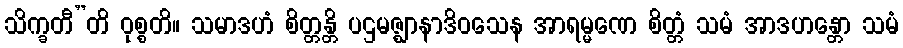
သိက္ခတီ”တိ ဝုစ္စတိ။ သမာဒဟံ စိတ္တန္တိ ပဌမဇ္ဈာနာဒိဝသေန အာရမ္မဏေ စိတ္တံ သမံ အာဒဟန္တော သမံ